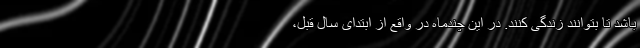
باشد تا بتوانند زندگی کنند. در این چندماه در واقع از ابتدای سال قبل،